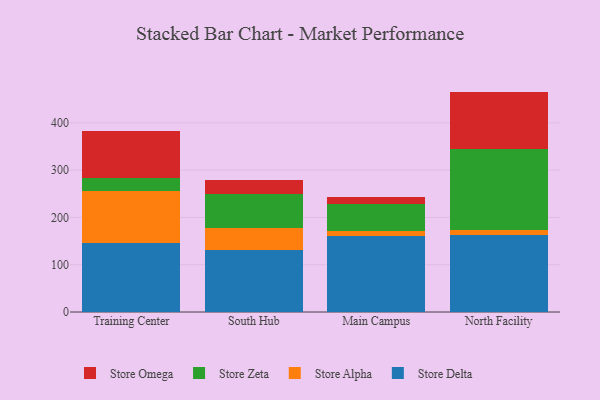
{"axis": {"x": "Campus", "y": "Gross Profit (USD K)"}, "legend": ["Store Alpha", "Store Delta", "Store Omega", "Store Zeta"], "data": [{"x": "Training Center", "y": 145.2, "type": "Store Delta"}, {"x": "Training Center", "y": 111.1, "type": "Store Alpha"}, {"x": "Training Center", "y": 26.5, "type": "Store Zeta"}, {"x": "Training Center", "y": 100.2, "type": "Store Omega"}, {"x": "South Hub", "y": 130.5, "type": "Store Delta"}, {"x": "South Hub", "y": 46.2, "type": "Store Alpha"}, {"x": "South Hub", "y": 73.9, "type": "Store Zeta"}, {"x": "South Hub", "y": 29.5, "type": "Store Omega"}, {"x": "Main Campus", "y": 160.3, "type": "Store Delta"}, {"x": "Main Campus", "y": 10.6, "type": "Store Alpha"}, {"x": "Main Campus", "y": 56.8, "type": "Store Zeta"}, {"x": "Main Campus", "y": 16.3, "type": "Store Omega"}, {"x": "North Facility", "y": 163.1, "type": "Store Delta"}, {"x": "North Facility", "y": 9.4, "type": "Store Alpha"}, {"x": "North Facility", "y": 171.7, "type": "Store Zeta"}, {"x": "North Facility", "y": 121.9, "type": "Store Omega"}]}